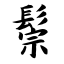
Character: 鬃